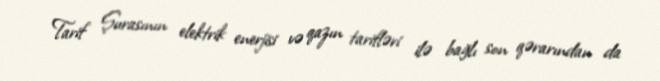
Tarif Şurasının elektrik enerjisi və qazın tarifləri ilə bağlı son qərarından da